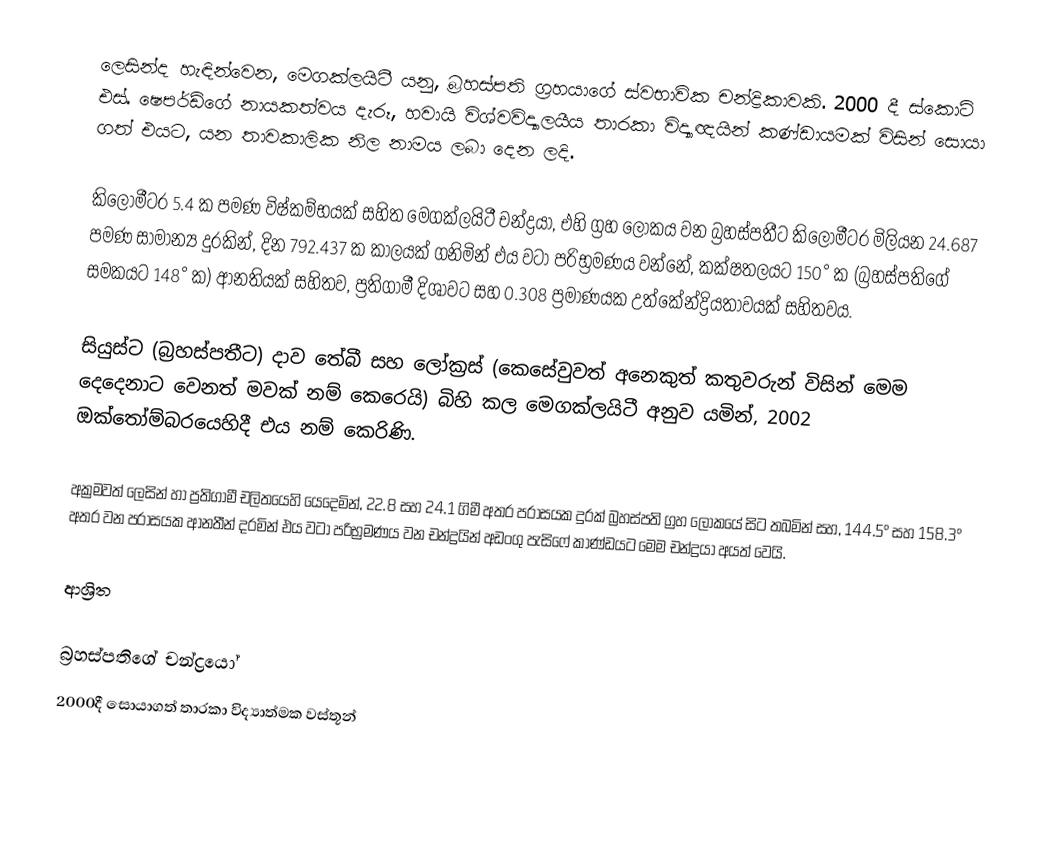
ලෙසින්ද හැඳින්වෙන, මෙගක්ලයිටී  යනු, බ්‍රහස්පති ග්‍රහයාගේ   ස්වභාවික චන්ද්‍රිකාවකි. 2000 දී   ස්කොට් එස්. ෂෙපර්ඩ්ගේ නායකත්වය දැරූ, හවායි විශ්වවිද්‍යාලයීය තාරකා විද්‍යාඥයින් කණ්ඩායමක් විසින් සොයා ගත් එයට,  යන තාවකාලික නිල නාමය ලබා දෙන ලදි.

කිලෝමීටර 5.4 ක පමණ විෂ්කම්භයක් සහිත මෙගක්ලයිටී චන්ද්‍රයා,  එහි ග්‍රහ ලෝකය වන බ්‍රහස්පතීට කිලෝමීටර මිලියන  24.687 පමණ සාමාන්‍ය දුරකින්,  දින  792.437 ක කාලයක් ගනිමින් එය වටා පරිභ්‍රමණය වන්නේ, කක්ෂතලයට 150°  ක (බ්‍රහස්පතිගේ සමකයට 148° ක) ආනතියක්  සහිතව, ප්‍රතිගාමී දිශාවට සහ  0.308 ප්‍රමාණයක  උත්කේන්ද්‍රියතාවයක් සහිතවය.

සියුස්ට (බ්‍රහස්පතීට) දාව තේබී සහ ලෝක්‍රස් (කෙසේවුවත් අනෙකුත් කතුවරුන් විසින් මෙම දෙදෙනාට වෙනත් මවක් නම් කෙරෙයි) බිහි කල මෙගක්ලයිටී අනුව යමින්, 2002 ඔක්තෝම්බරයෙහිදී එය නම් කෙරිණි.

අක්‍රමවත් ලෙසින් හා ප්‍රතිගාමී චලිතයෙහි යෙදෙමින්,  22.8 සහ 24.1 ගිමී අතර පරාසයක දුරක් බ්‍රහස්පති ග්‍රහ ලෝකයේ  සිට තබමින් සහ, 144.5° සහ 158.3° අතර වන පරාසයක ආනතීන් දරමින් එය වටා පරිභ්‍රමණය වන චන්ද්‍රයින් අඩංගු   පැසිෆේ කාණ්ඩයට මෙම චන්ද්‍රයා අයත් වෙයි.

ආශ්‍රිත

බ්‍රහස්පතිගේ චන්ද්‍රයෝ
2000දී සොයාගත් තාරකා විද්‍යාත්මක වස්තූන්